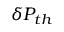
\delta P _ { t h }